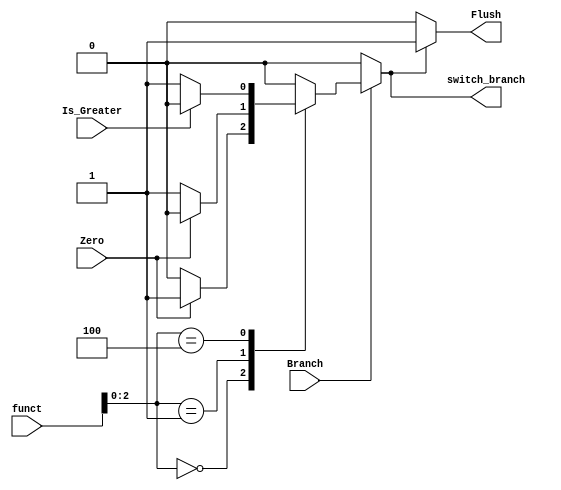
`timescale 1ns / 1ps

module Branch_Control(
    input Branch, Zero, Is_Greater,
    input [3:0] funct,
    output reg switch_branch, Flush
);

always @(*) begin
    if (Branch) begin
        case ({funct[2:0]})
            3'b000: switch_branch = Zero ? 1 : 0;
            3'b001: switch_branch = Zero ? 0 : 1;
            //3'b101: switch_branch = Is_Greater ? 1 : 0;
            3'b100: switch_branch = Is_Greater ? 0 : 1;
            default: switch_branch = 0;
        endcase
    end
    else
        switch_branch = 0;
end
always @(switch_branch) begin
    if(switch_branch) Flush <= 1;
    else Flush <= 0;
end
endmodule